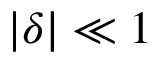
\left| \delta \right| \ll 1